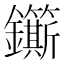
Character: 𮣬